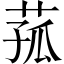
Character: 菰